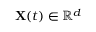
\mathbf X ( t ) \in \mathbb R ^ { d }